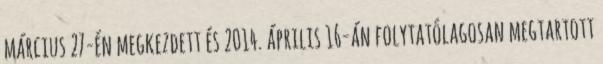
március 27-én megkezdett és 2014. április 16-án folytatólagosan megtartott